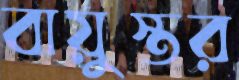
বায়ুস্তর